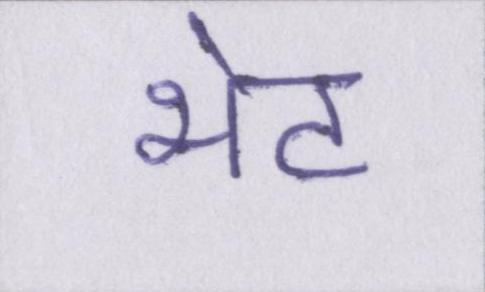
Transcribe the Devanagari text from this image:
भेट